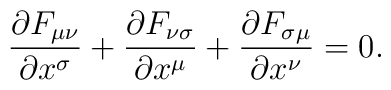
{\partial F_{\mu\nu} \over \partial x^\sigma} +{\partial F_{\nu\sigma} \over \partial x^\mu} +{\partial F_{\sigma\mu} \over \partial x^\nu} = 0.